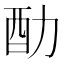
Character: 䣦